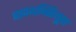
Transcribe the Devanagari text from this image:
पापथन्सियूस